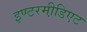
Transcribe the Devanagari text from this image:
इण्टरमी़डिएट